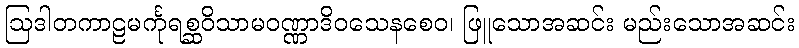
ဩဒါတကာဠမင်္ကုရစ္ဆဝိသာမဝဏ္ဏာဒိဝသေနစေဝ၊ ဖြူသောအဆင်း မည်းသောအဆင်း